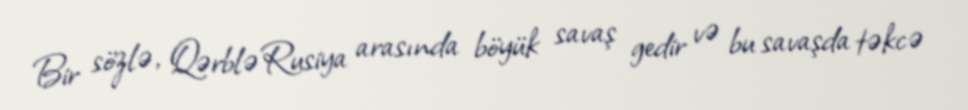
Bir sözlə, Qərblə Rusiya arasında böyük savaş gedir və bu savaşda təkcə